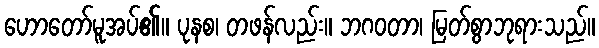
ဟောတော်မူအပ်၏။ ပုနစ၊ တဖန်လည်း။ ဘဂဝတာ၊ မြတ်စွာဘုရားသည်။